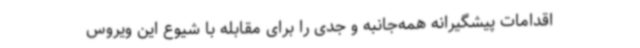
اقدامات پیشگیرانه همه‌جانبه و جدی را برای مقابله با شیوع این ویروس